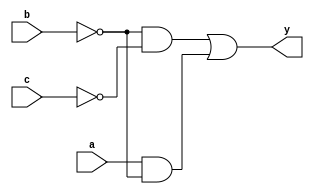
module sillyfunction(input a,b,c, output y);
	assign y = ~b & ~c | a & ~b;
endmodule